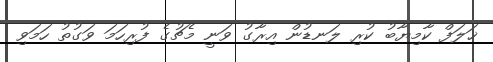
ޚަލަފް ކާމިޔާބު ކުރި ލަނޑުން އިރާގު ވަނީ މެޗުގެ ފުރިހަމަ ވަގުތު ހަމަވި